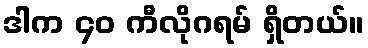
ဒါက ၄၀ ကီလိုဂရမ် ရှိတယ်။